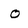
Character: o